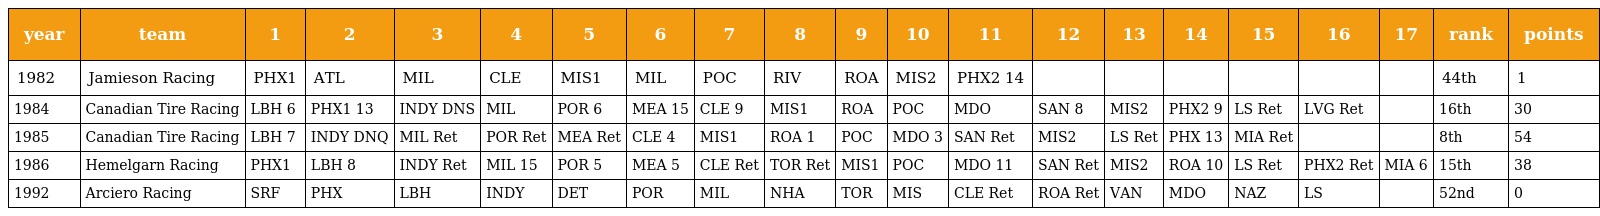
| year | team | 1 | 2 | 3 | 4 | 5 | 6 | 7 | 8 | 9 | 10 | 11 | 12 | 13 | 14 | 15 | 16 | 17 | rank | points |
 | --- | --- | --- | --- | --- | --- | --- | --- | --- | --- | --- | --- | --- | --- | --- | --- | --- | --- | --- | --- | --- |
 | 1982 | Jamieson Racing | PHX1 | ATL | MIL | CLE | MIS1 | MIL | POC | RIV | ROA | MIS2 | PHX2 14 |  |  |  |  |  |  | 44th | 1 |
 | 1984 | Canadian Tire Racing | LBH 6 | PHX1 13 | INDY DNS | MIL | POR 6 | MEA 15 | CLE 9 | MIS1 | ROA | POC | MDO | SAN 8 | MIS2 | PHX2 9 | LS Ret | LVG Ret |  | 16th | 30 |
 | 1985 | Canadian Tire Racing | LBH 7 | INDY DNQ | MIL Ret | POR Ret | MEA Ret | CLE 4 | MIS1 | ROA 1 | POC | MDO 3 | SAN Ret | MIS2 | LS Ret | PHX 13 | MIA Ret |  |  | 8th | 54 |
 | 1986 | Hemelgarn Racing | PHX1 | LBH 8 | INDY Ret | MIL 15 | POR 5 | MEA 5 | CLE Ret | TOR Ret | MIS1 | POC | MDO 11 | SAN Ret | MIS2 | ROA 10 | LS Ret | PHX2 Ret | MIA 6 | 15th | 38 |
 | 1992 | Arciero Racing | SRF | PHX | LBH | INDY | DET | POR | MIL | NHA | TOR | MIS | CLE Ret | ROA Ret | VAN | MDO | NAZ | LS |  | 52nd | 0 |